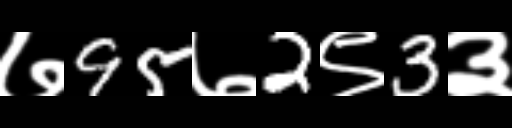
Text: ७95७2९3३